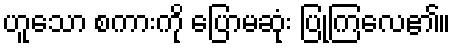
ဟူသော စကားကို ပြောမဆုံး ပြုကြလေ၏။